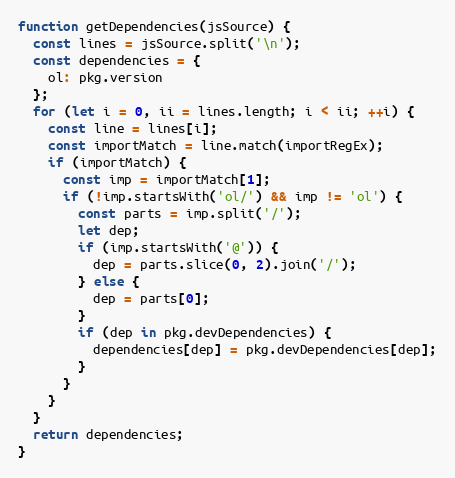
Language: JavaScript
function getDependencies(jsSource) {
  const lines = jsSource.split('\n');
  const dependencies = {
    ol: pkg.version
  };
  for (let i = 0, ii = lines.length; i < ii; ++i) {
    const line = lines[i];
    const importMatch = line.match(importRegEx);
    if (importMatch) {
      const imp = importMatch[1];
      if (!imp.startsWith('ol/') && imp != 'ol') {
        const parts = imp.split('/');
        let dep;
        if (imp.startsWith('@')) {
          dep = parts.slice(0, 2).join('/');
        } else {
          dep = parts[0];
        }
        if (dep in pkg.devDependencies) {
          dependencies[dep] = pkg.devDependencies[dep];
        }
      }
    }
  }
  return dependencies;
}